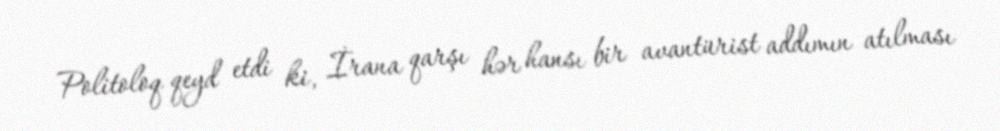
Politoloq qeyd etdi ki, İrana qarşı hər hansı bir avantürist addımın atılması